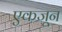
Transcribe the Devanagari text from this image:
एकजून